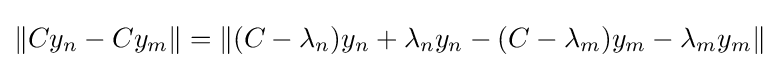
\left\|Cy_{n}-Cy_{m}\right\|=\left\|(C-\lambda _{n})y_{n}+\lambda _{n}y_{n}-(C-\lambda _{m})y_{m}-\lambda _{m}y_{m}\right\|